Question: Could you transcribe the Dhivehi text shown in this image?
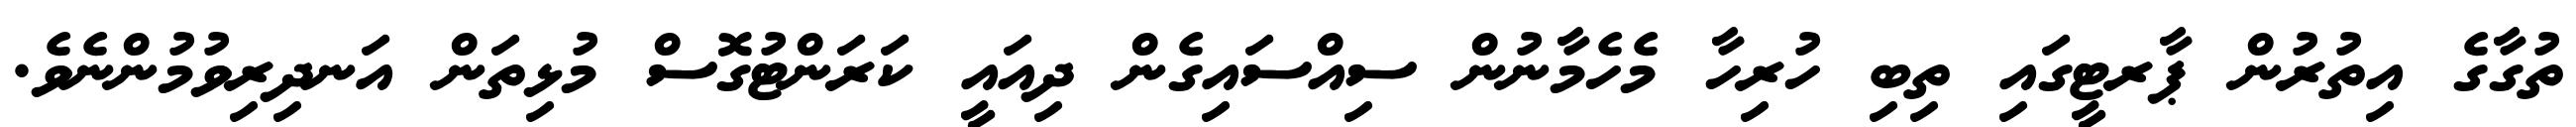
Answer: ތުގާގެ އިތުރުން ޕާރޓީގައި ތިބި ހުރިހާ މެހެމާނުން ސިއްސައިގެން ދިއައީ ކަރަންޓުގޮސް މުޅިތަން އަނދިރިވުމުންނެވެ.